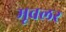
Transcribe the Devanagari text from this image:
मूवलर